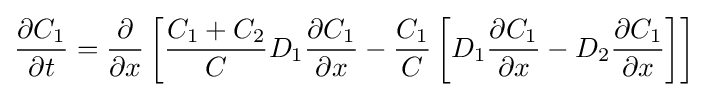
{\frac {\partial C_{1}}{\partial t}}={\frac {\partial }{\partial x}}\left[{\frac {C_{1}+C_{2}}{C}}D_{1}{\frac {\partial C_{1}}{\partial x}}-{\frac {C_{1}}{C}}\left[D_{1}{\frac {\partial C_{1}}{\partial x}}-D_{2}{\frac {\partial C_{1}}{\partial x}}\right]\right]